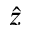
\hat { z }